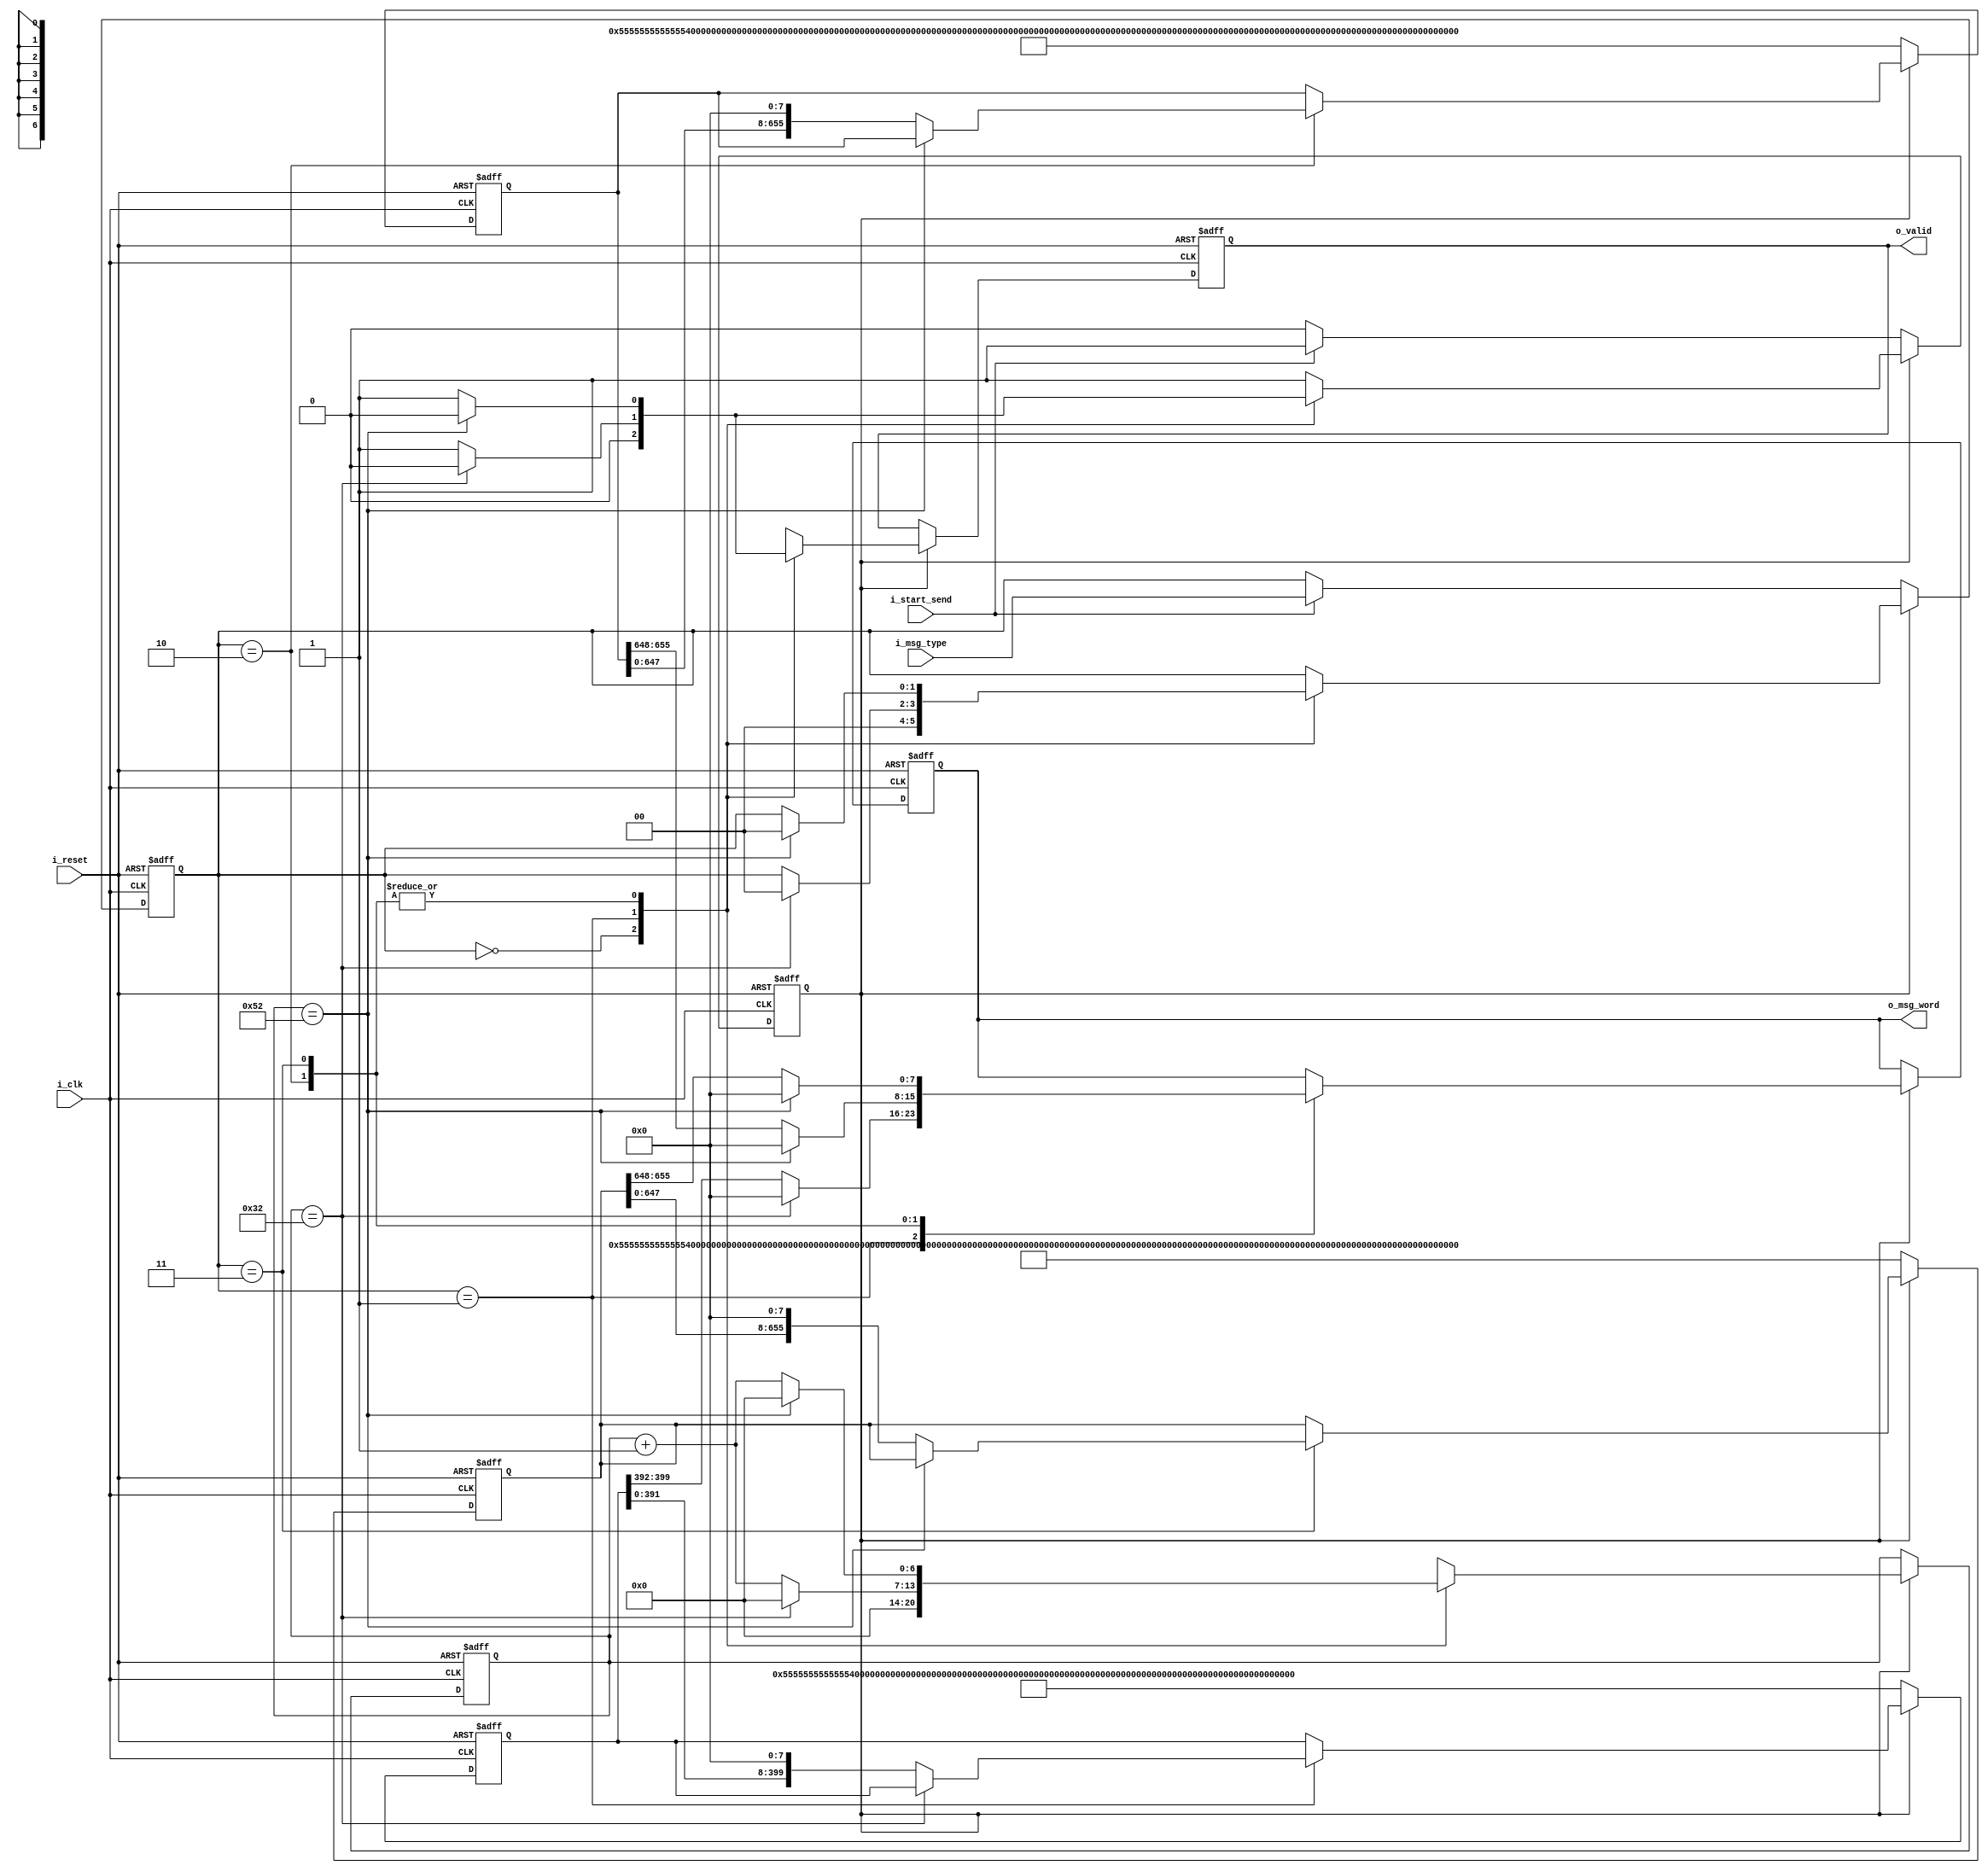
module tb_ethernet_fake_data_transmitter(
	input 				i_reset,
	input 				i_clk,
	input				i_start_send,	// 1 clk signal
	input 		[1:0]	i_msg_type,
	output reg	[7:0]	o_msg_word,
	output reg			o_valid
);
	parameter ARP_REQUEST_SIZE  = 50;
	parameter ICMP_REQUEST_SIZE = 82;
	parameter UDP_REQUEST_SIZE  = 82;
	
	reg [ARP_REQUEST_SIZE*8-1:0] 	arp_request;
	reg [ICMP_REQUEST_SIZE*8-1:0] 	icmp_request;
	reg [UDP_REQUEST_SIZE*8-1:0] 	udp_request;
	initial begin
		o_msg_word		<= 0;
		o_valid			<= 0;
		arp_request		<= 400'h55555555555555D5211abcdef11240b0769ea12e0806000108000604000140b0769ea12ec0000185211abcdef112c0000186;
		icmp_request	<= 656'h55555555555555D5211abcdef11240b0769ea12e08004500003c5b6f000080010000c0000185c000018608004c68000100f36162636465666768696a6b6c6d6e6f7071727374757677616263646566676869;
		udp_request		<= 656'h55555555555555D5211abcdef11240b0769ea12e08004500003c5b79000080110000c0000185c000018630d52711002c83090005000100000000000000010000000012345678123456781234567812345678;
	end
	
	reg	[1:0]	msg_type;
	reg 		start_send;
	initial begin
		msg_type	<= 0;
		start_send	<= 0;
	end
	
	reg [6:0] send_counter;
	initial begin
		send_counter <= 0;
	end
	
	/* TB SIGNAL */
	reg [1:0]	msg_type_prev;
	initial msg_type_prev 	<= 0;
	
	always @(posedge i_clk, posedge i_reset) begin
		if (i_reset) begin
			msg_type_prev 	<= 0;
		end else begin
			msg_type_prev 	<= msg_type;
		end
	end
	/* TB SIGNAL */
	
	always @(posedge i_clk, posedge i_reset) begin
		if (i_reset) begin
			o_msg_word		<= 0;
			o_valid			<= 0;
			arp_request		<= 400'h55555555555555D5211abcdef11240b0769ea12e0806000108000604000140b0769ea12ec0000185211abcdef112c0000186;
			icmp_request	<= 656'h55555555555555D5211abcdef11240b0769ea12e08004500003c5b6f000080010000c0000185c000018608004c68000100f36162636465666768696a6b6c6d6e6f7071727374757677616263646566676869;
			udp_request		<= 656'h55555555555555D5211abcdef11240b0769ea12e08004500003c5b79000080110000c0000185c000018630d52711002c83090005000100000000000000010000000012345678123456781234567812345678;
			msg_type		<= 0;
			start_send		<= 0;
			send_counter	<= 0;
		end else begin
			if (start_send) begin
				case (msg_type)
					2'b00: begin // IDLE
						msg_type		<= 0;
						start_send		<= 0;
						send_counter	<= 0;
						o_valid			<= 0;
					end
					2'b01: begin // ARP
						if (send_counter == ARP_REQUEST_SIZE) begin
							msg_type		<= 0;
							start_send		<= 0;
							send_counter	<= 0;
							o_msg_word		<= 0;
							o_valid			<= 0;
						end else begin
							o_valid 		<= 1;
							send_counter 	<= send_counter + 1;
							o_msg_word 		<= arp_request[ARP_REQUEST_SIZE*8-1:(ARP_REQUEST_SIZE-1)*8];
							arp_request 	<= arp_request << 8;
						end
					end
					2'b10: begin // ICMP
						if (send_counter == ICMP_REQUEST_SIZE) begin
							msg_type		<= 0;
							start_send		<= 0;
							send_counter	<= 0;
							o_msg_word		<= 0;
							o_valid			<= 0;
						end else begin
							o_valid 		<= 1;
							send_counter 	<= send_counter + 1;
							o_msg_word 		<= icmp_request[ICMP_REQUEST_SIZE*8-1:(ICMP_REQUEST_SIZE-1)*8];
							icmp_request 	<= icmp_request << 8;
						end
					end
					2'b11: begin // UDP
						if (send_counter == UDP_REQUEST_SIZE) begin
							msg_type		<= 0;
							start_send		<= 0;
							send_counter	<= 0;
							o_msg_word		<= 0;
							o_valid			<= 0;
						end else begin
							o_valid 		<= 1;
							send_counter 	<= send_counter + 1;
							o_msg_word 		<= udp_request[UDP_REQUEST_SIZE*8-1:(UDP_REQUEST_SIZE-1)*8];
							udp_request 	<= udp_request << 8;
						end
					end
				endcase
			end else begin
				if (i_start_send) begin
					start_send 	<= 1;
					msg_type 	<= i_msg_type;
				end
				arp_request		<= 400'h55555555555555D5211abcdef11240b0769ea12e0806000108000604000140b0769ea12ec0000185211abcdef112c0000186;
				icmp_request	<= 656'h55555555555555D5211abcdef11240b0769ea12e08004500003c5b6f000080010000c0000185c000018608004c68000100f36162636465666768696a6b6c6d6e6f7071727374757677616263646566676869;
				udp_request		<= 656'h55555555555555D5211abcdef11240b0769ea12e08004500003c5b79000080110000c0000185c000018630d52711002c83090005000100000000000000010000000012345678123456781234567812345678;
			end
		end
	end
	
endmodule